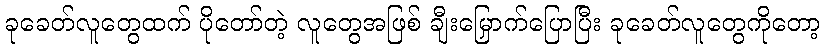
ခုခေတ်လူတွေထက် ပိုတော်တဲ့ လူတွေအဖြစ် ချီးမြှောက်ပြောပြီး ခုခေတ်လူတွေကိုတော့